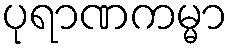
ပုရာဏကမ္မာ